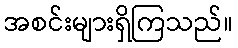
အစင်းများရှိကြသည်။